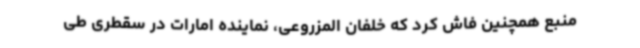
منبع همچنین فاش کرد که خلفان المزروعی، نماینده امارات در سقطری طی